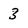
Character: 3